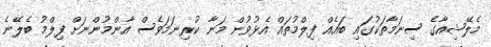
މެލޭޝިއާގެ ސިނަމާތަކުގައި ބައެއް ފިލްމުތައް އެޅުވުން މަނާ ކުރިނަމަވެސް އާންމުންނަށް ފިލްމު ބެލޭނެ